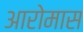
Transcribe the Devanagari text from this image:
आरोमास